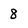
Character: 8